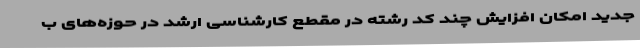
جدید امکان افزایش چند کد رشته در مقطع کارشناسی ارشد در حوزه‌های ب